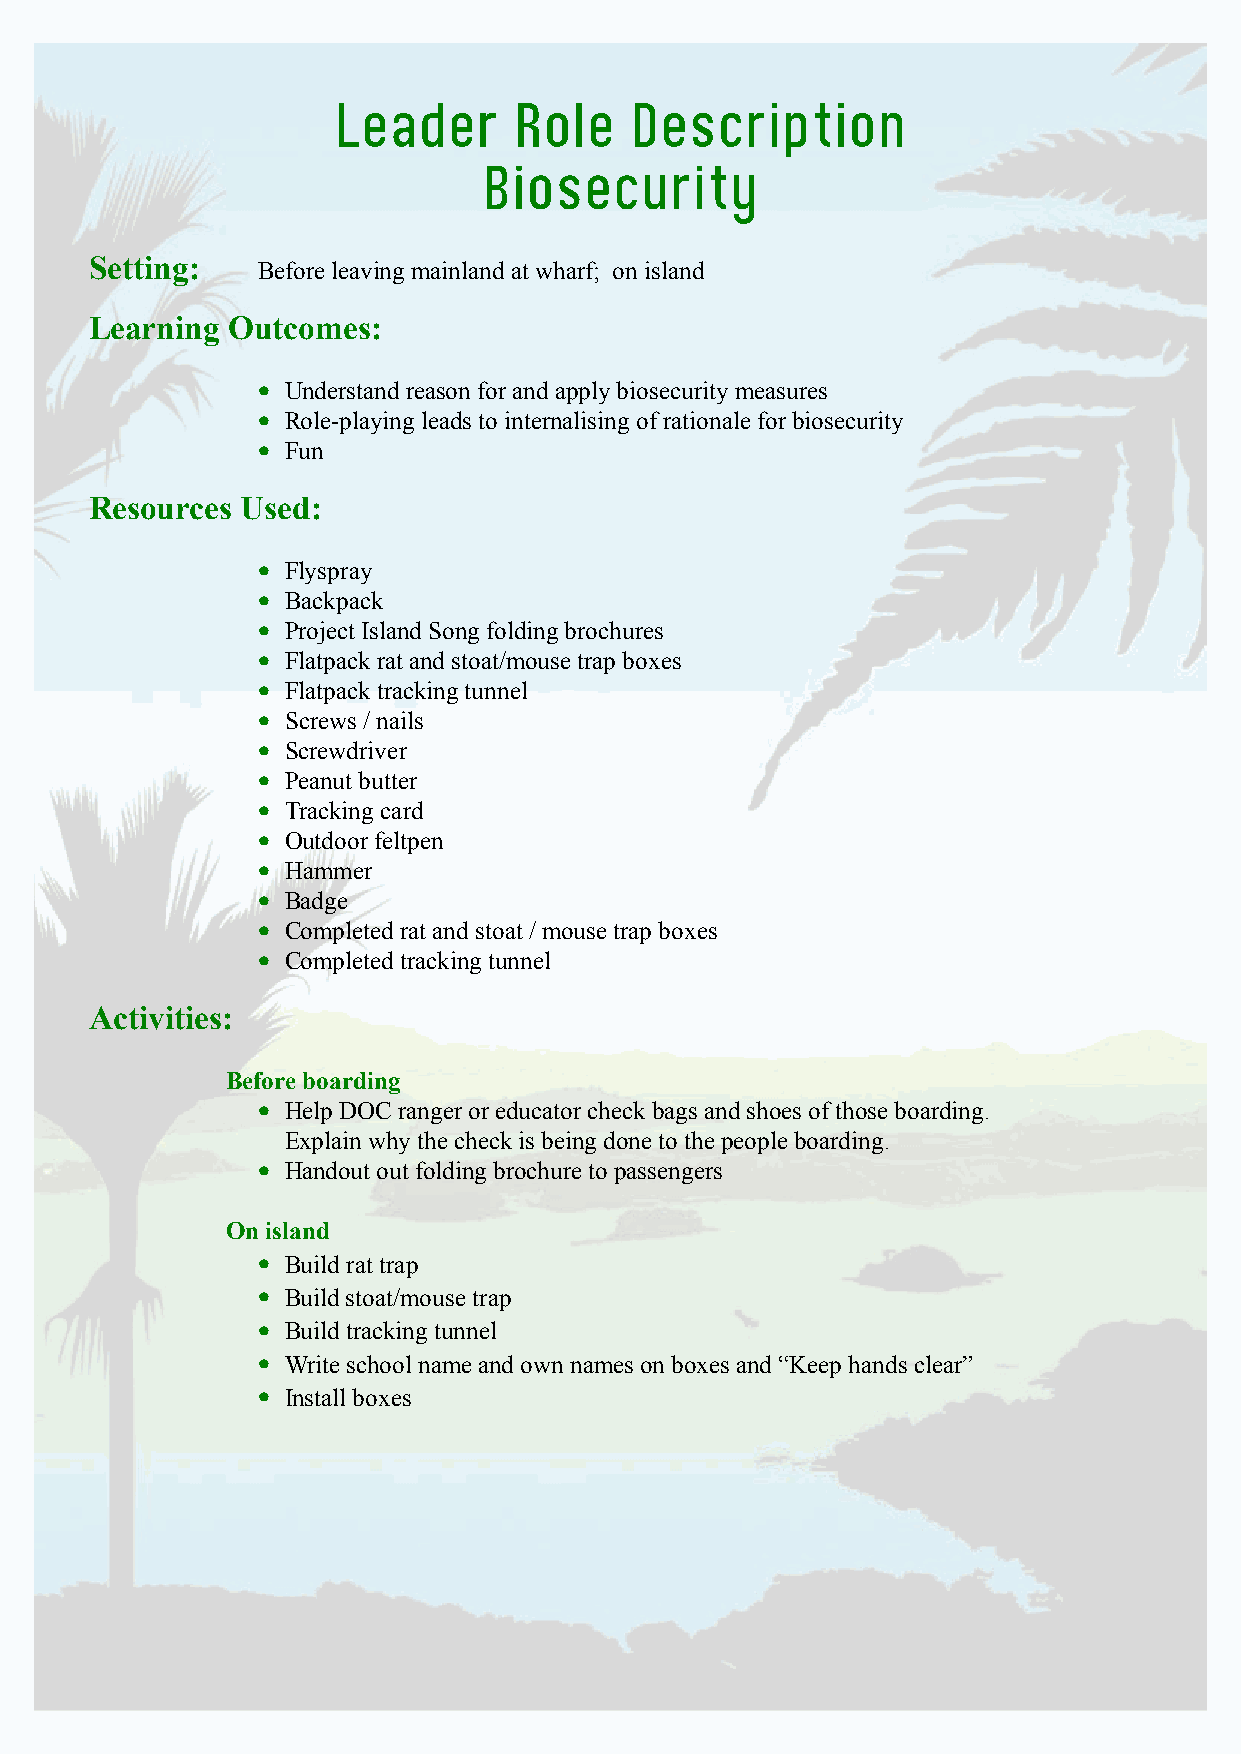
Leader      Role    Description
 Biosecurity
 Setting:   Before leaving mainland at wharf; on island
 Learning Outcomes:
 • Understand reason for and apply biosecurity measures
 • Role-playing leads to internalising of rationale for biosecurity
 • Fun
 Resources Used:
 • Flyspray
 • Backpack
 • Project Island Song folding brochures
 • Flatpack rat and stoat/mouse trap boxes
 • Flatpack tracking tunnel
 • Screws / nails
 • Screwdriver
 • Peanut butter
 • Tracking card
 • Outdoor feltpen
 • Hammer
 • Badge
 • Completed rat and stoat / mouse trap boxes
 • Completed tracking tunnel
 Activities:
 Before boarding
 • Help DOC ranger or educator check bags and shoes of those boarding.
 Explain why the check is being done to the people boarding.
 • Handout out folding brochure to passengers
 On island
 • Build rat trap
 • Build stoat/mouse trap
 • Build tracking tunnel
 • Write school name and own names on boxes and “Keep hands clear”
 • Install boxes